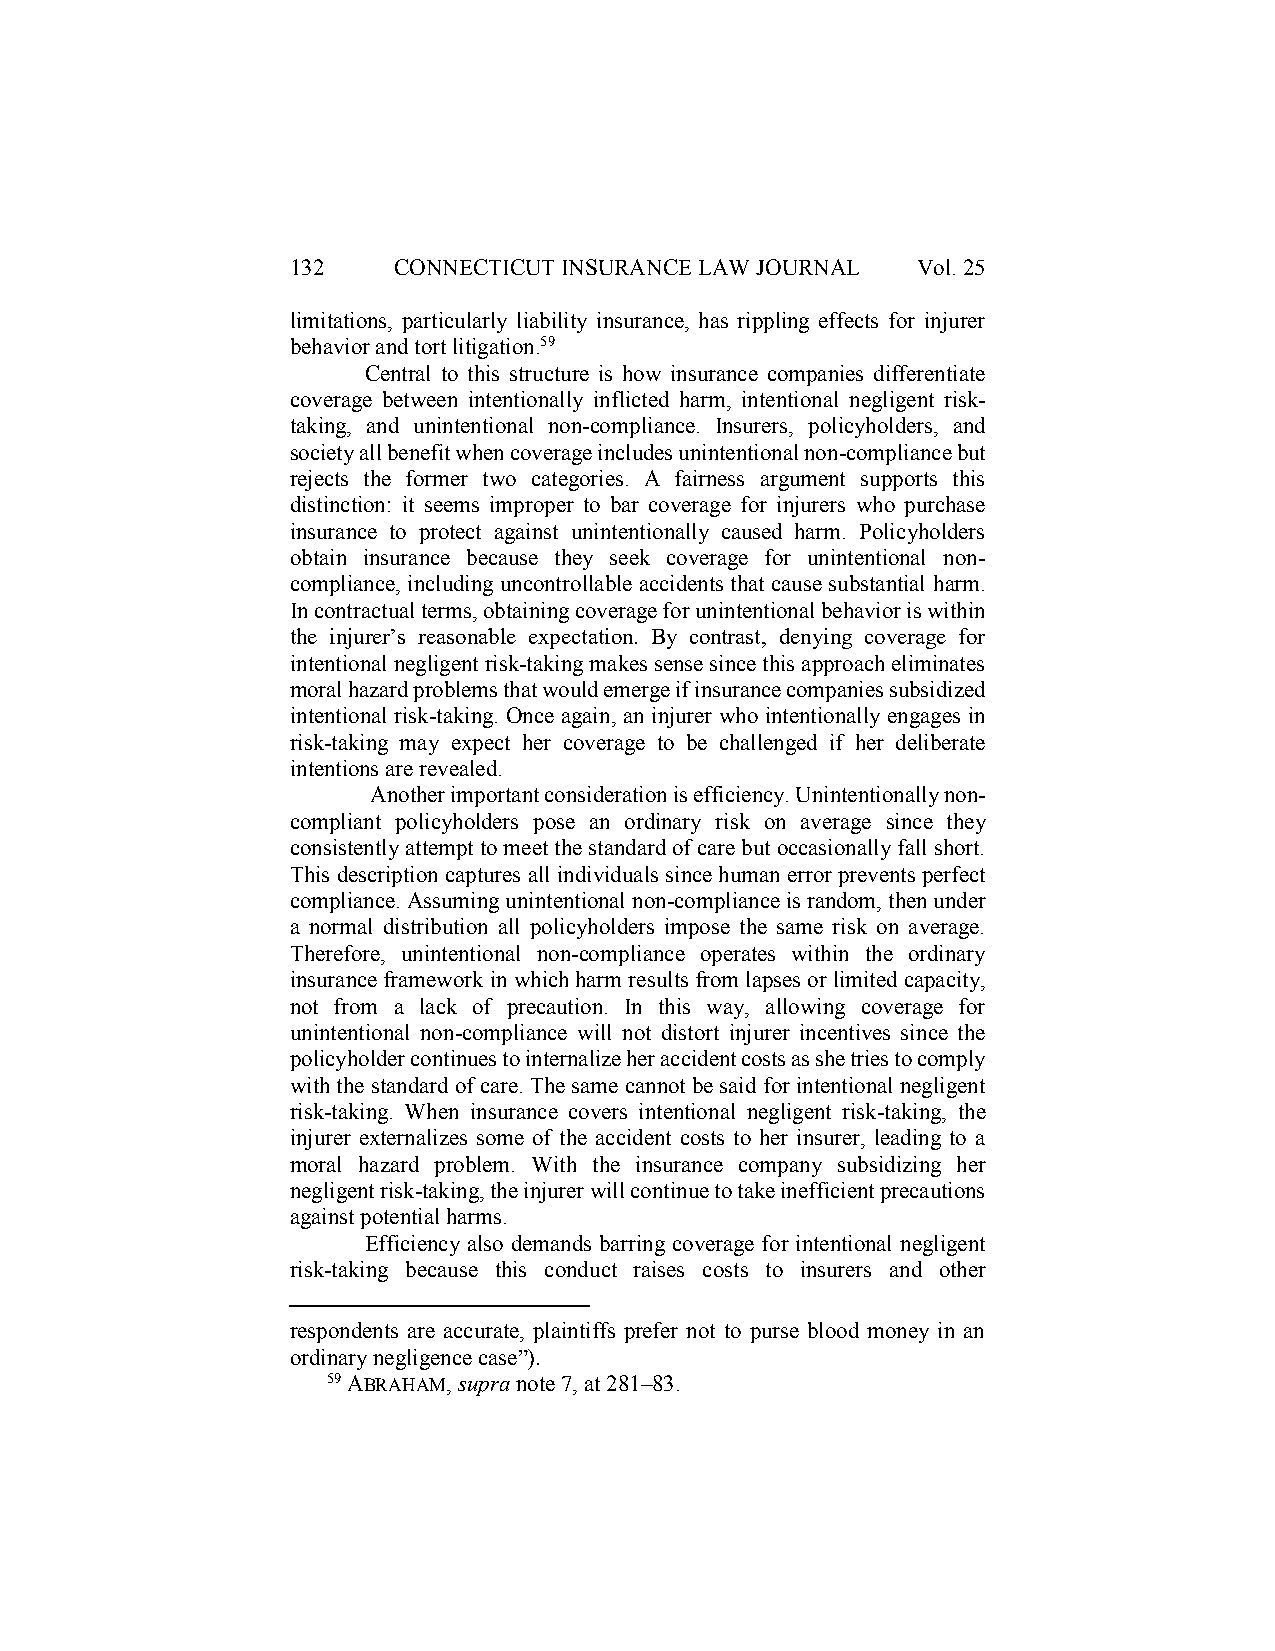
132    CONNECTICUT INSURANCE LAW JOURNAL  Vol. 25
 limitations, particularly liability insurance, has rippling effects for injurer
 behavior and tort litigation.59
 Central to this structure is how insurance companies differentiate
 coverage between intentionally inflicted harm, intentional negligent risk-
 taking, and unintentional non-compliance. Insurers, policyholders, and
 society all benefit when coverage includes unintentional non-compliance but
 rejects the former two categories. A fairness argument supports this
 distinction: it seems improper to bar coverage for injurers who purchase
 insurance to protect against unintentionally caused harm. Policyholders
 obtain insurance because they seek coverage for unintentional non-
 compliance, including uncontrollable accidents that cause substantial harm.
 In contractual terms, obtaining coverage for unintentional behavior is within
 the injurer’s reasonable expectation. By contrast, denying coverage for
 intentional negligent risk-taking makes sense since this approach eliminates
 moral hazard problems that would emerge if insurance companies subsidized
 intentional risk-taking. Once again, an injurer who intentionally engages in
 risk-taking may expect her coverage to be challenged if her deliberate
 intentions are revealed.
 Another important consideration is efficiency. Unintentionally non-
 compliant policyholders pose an ordinary risk on average since they
 consistently attempt to meet the standard of care but occasionally fall short.
 This description captures all individuals since human error prevents perfect
 compliance. Assuming unintentional non-compliance is random, then under
 a normal distribution all policyholders impose the same risk on average.
 Therefore, unintentional non-compliance operates within the ordinary
 insurance framework in which harm results from lapses or limited capacity,
 not from a lack of precaution. In this way, allowing coverage for
 unintentional non-compliance will not distort injurer incentives since the
 policyholder continues to internalize her accident costs as she tries to comply
 with the standard of care. The same cannot be said for intentional negligent
 risk-taking. When insurance covers intentional negligent risk-taking, the
 injurer externalizes some of the accident costs to her insurer, leading to a
 moral hazard problem. With the insurance company subsidizing her
 negligent risk-taking, the injurer will continue to take inefficient precautions
 against potential harms.
 Efficiency also demands barring coverage for intentional negligent
 risk-taking because this conduct raises costs to insurers and other
 respondents are accurate, plaintiffs prefer not to purse blood money in an
 ordinary negligence case”).
 59 ABRAHAM, supra note 7, at 281–83.